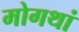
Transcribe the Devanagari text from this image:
मोगथां